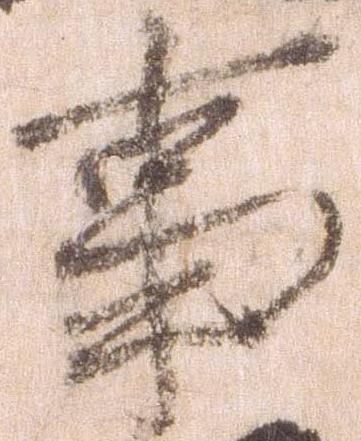
事